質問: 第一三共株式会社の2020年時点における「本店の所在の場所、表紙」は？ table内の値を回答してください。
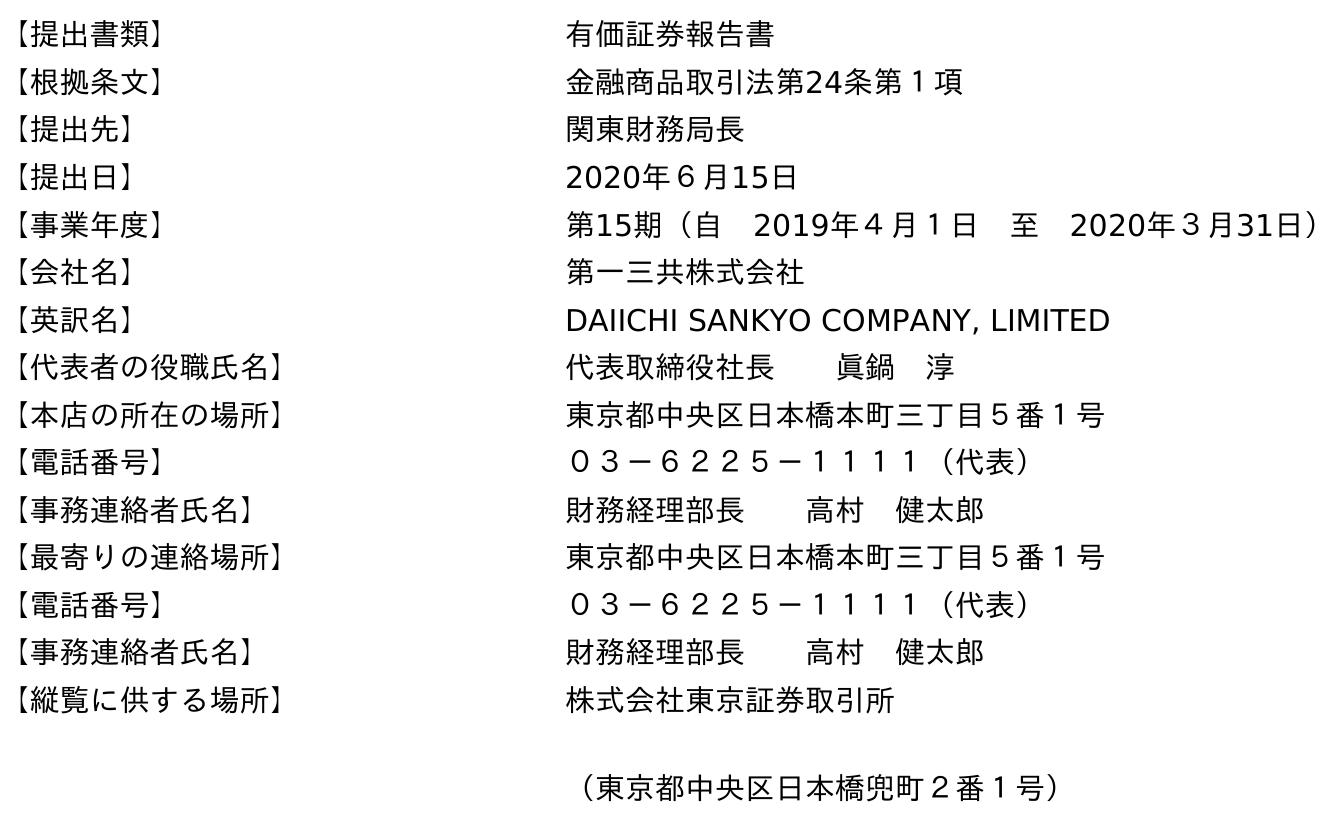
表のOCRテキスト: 【提出書類】 有価証券報告書 【根拠条文】 金融商品取引法第24条第１項 【提出先】 関東財務局長 【提出日】 2020年６月15日 【事業年度】 第15期（自 2019年４月１日 至 2020年３月31日） 【会社名】 第一三共株式会社 【英訳名】 DAIICHI SANKYO COMPANY, LIMITED 【代表者の役職氏名】 代表取締役社長  眞鍋 淳 【本店の所在の場所】 東京都中央区日本橋本町三丁目５番１号 【電話番号】 ０３－６２２５－１１１１（代表） 【事務連絡者氏名】 財務経理部長  高村 健太郎 【最寄りの連絡場所】 東京都中央区日本橋本町三丁目５番１号 【電話番号】 ０３－６２２５－１１１１（代表） 【事務連絡者氏名】 財務経理部長  高村 健太郎 【縦覧に供する場所】 株式会社東京証券取引所 （東京都中央区日本橋兜町２番１号）
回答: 東京都中央区日本橋本町三丁目５番１号